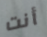
أنت